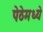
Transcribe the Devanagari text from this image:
पेठेमध्ये